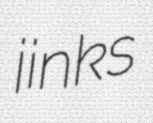
jinks